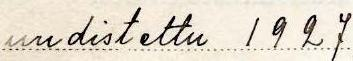
uudistettu 1927